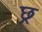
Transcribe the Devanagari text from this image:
छ्र